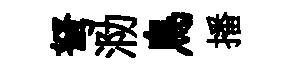
弩泐鳥播